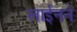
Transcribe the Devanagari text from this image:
लाईनने